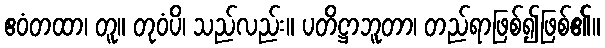
ဧဝံတထာ၊ တူ။ တုဝံပိ၊ သည်လည်း။ ပတိဋ္ဌာဘူတာ၊ တည်ရာဖြစ်၍ဖြစ်၏။